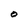
Character: O